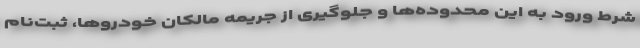
شرط ورود به این محدوده‌ها و جلوگیری از جریمه مالکان خودروها، ثبت‌نام